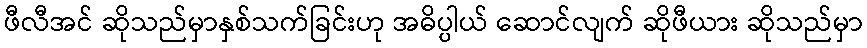
ဖီလီအင် ဆိုသည်မှာနှစ်သက်ခြင်းဟု အဓိပ္ပါယ် ဆောင်လျက် ဆိုဖီယား ဆိုသည်မှာ